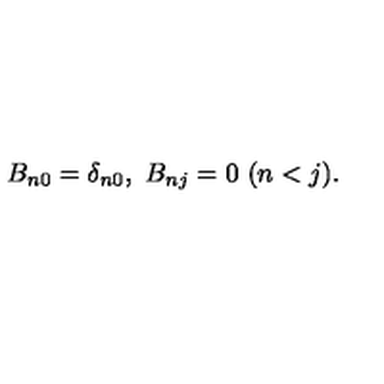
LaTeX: B _ { n 0 } = \delta _ { n 0 } , \ B _ { n j } = 0 \ ( n < j ) .